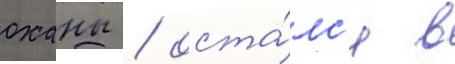
оханы / оста́лс'я в